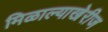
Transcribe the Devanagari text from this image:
मिळाल्याखेरीज